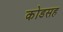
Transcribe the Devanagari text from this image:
कोडसह